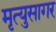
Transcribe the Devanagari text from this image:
मृत्युसागर